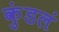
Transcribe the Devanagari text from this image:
कुंडलं